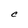
Character: C